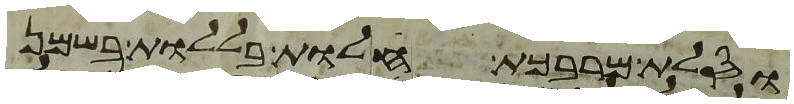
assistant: וסלת מרבכת חלות בללות בשמן